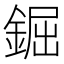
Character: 𨧱